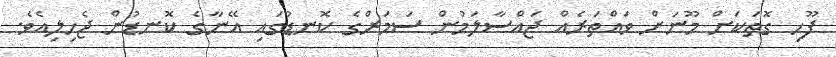
ފޫހި ގޮތަކަށް މޫނަށް ވައްތަރެއް ޖައްސާލަމުން ސަމަރްގެ ކޮނޑުގައި އޭނާގެ ކޮނޑުން ޖެހިލިއެވެ.